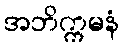
အဘိက္ကမနံ